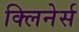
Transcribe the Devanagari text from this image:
क्लिनेर्स